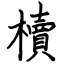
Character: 櫝